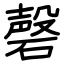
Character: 磬